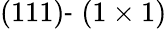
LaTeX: (111)‐(1\times 1)